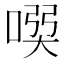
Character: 𠸇